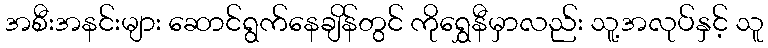
အစီးအနင်းများ ဆောင်ရွက်နေချိန်တွင် ကိုရွှေနီမှာလည်း သူ့အလုပ်နှင့် သူ